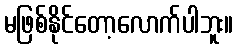
မဖြစ်နိုင်တော့လောက်ပါဘူး။